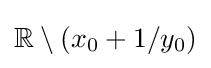
\mathbb {R} \setminus (x_{0}+1/y_{0})